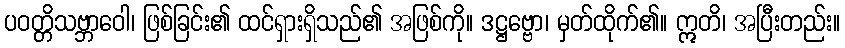
ပဝတ္တိသဗ္ဘာဝေါ၊ ဖြစ်ခြင်း၏ ထင်ရှားရှိသည်၏ အဖြစ်ကို။ ဒဋ္ဌဗ္ဗော၊ မှတ်ထိုက်၏။ ဣတိ၊ အပြီးတည်း။